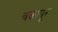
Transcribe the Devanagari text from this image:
चंकापूर